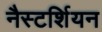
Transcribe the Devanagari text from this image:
नैस्टर्शियन